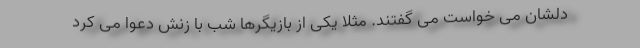
دلشان مى خواست مى گفتند. مثلاً يكى از بازيگرها شب با زنش دعوا مى كرد